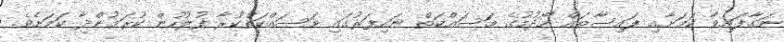
ނަގާފައިވާ ކަމަށާއި ފައިސާތައް ހޯދުމުގެ މަސައްކަތް ނައިފަރުގައި މަސައްކަތްކުރާ ފުލުހުން ކުރަމުންދާ ކަމަށެވެ.